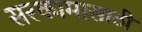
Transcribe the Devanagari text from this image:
सरकामासाठी